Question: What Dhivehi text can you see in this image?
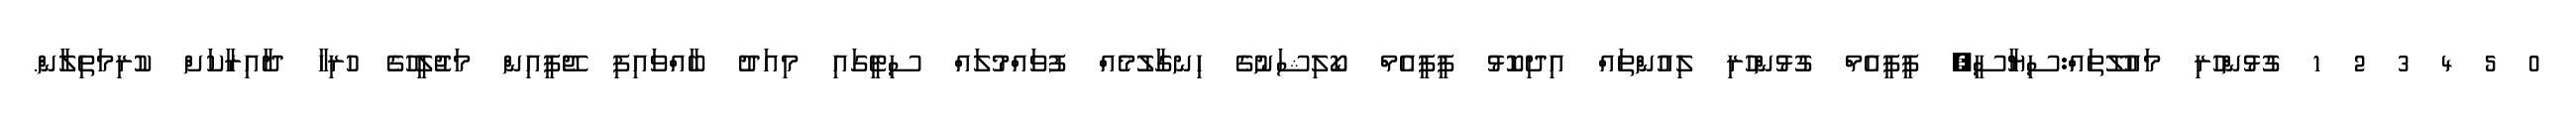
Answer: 0 5 4 3 2 1 ގުޅުންހުރި މައުލޫތައް:ސިޔާސީ, ޕީޕީއެމް ގުޅުންހުރި ލިއުންތައް އިދިކޮޅު ޕީޕީއެމް ކޯލިޝަނުގެ ހިނގާލުމެއް ފުވައްމުލައް ސިޓީގައި މިއަދު ބާއްވައިފި ޖޭޕީއިން މަޖުލީހުގެ ހުރިހާ ދާއިރާކަށް ކުރިމަތިލާން.